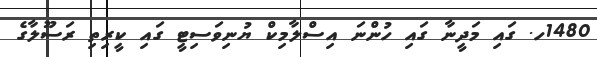
1480ހ. ގައި މަދީނާ ގައި ހުންނަ އިސްލާމިކް ޔުނިވަސިޓީ ގައި ކީރިތި ރަސޫލާގެ